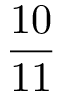
\frac { 1 0 } { 1 1 }